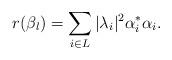
LaTeX: \begin{align*} r(\beta_l) = \sum_{i \in L} |\lambda_i|^2 \alpha_i^* \alpha_i.\end{align*}